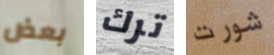
بعض ترك شورت